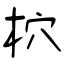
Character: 柼